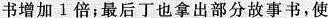
书增加1倍；最后丁也拿出部分故事书，使